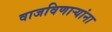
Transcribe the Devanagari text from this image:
वाजविणार्‍यांना